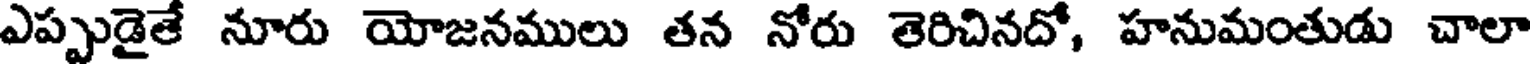
ఎప్పుడైతే నూరు యోజనములు తన నోరు తెరిచినదో, హనుమంతుడు చాలా